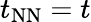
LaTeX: t_{\mathrm{NN}}=t